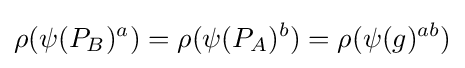
\rho (\psi (P_{B})^{a})=\rho (\psi (P_{A})^{b})=\rho (\psi (g)^{ab})